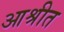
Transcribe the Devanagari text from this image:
आश्रीत